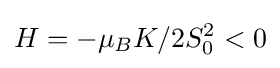
H=-\mu _{B}K/2S_{0}^{2}<0